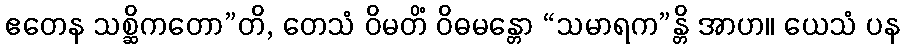
ဧတေန သစ္ဆိကတော”တိ, တေသံ ဝိမတိံ ဝိဓမန္တော “သမာရက”န္တိ အာဟ။ ယေသံ ပန